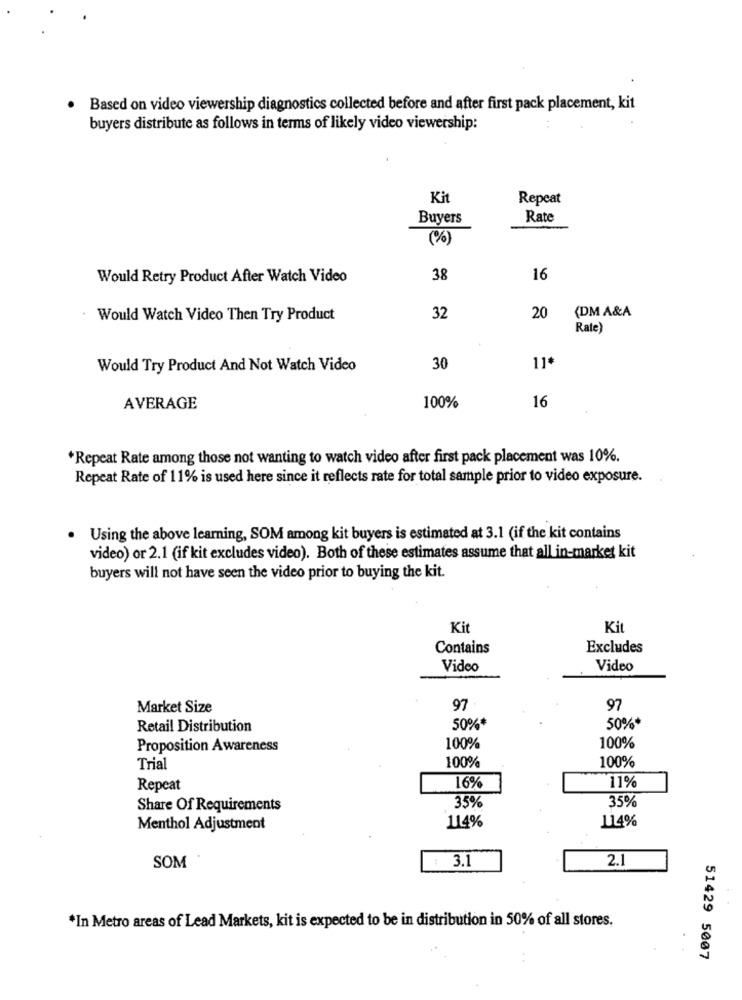
Based on video viewership diagnostics collected before and after first pack placement, kit
buyers distribute as follows in terms of likely video viewership:
Kit
Repeat
Buyers
Rate
(%)
Would Retry Product After Watch Video
38
16
Would Watch Video Then Try Product
32
20
(DM A&A
Rate)
Would Try Product And Not Watch Video
30
11.
16
AVERAGE
100%
*Repeat Rate among those not wanting to watch video after first pack placement was 10%.
Repeat Rate of 11% is used here since it reflects rate for total sample prior to video exposure.
Using the above learning, SOM among kit buyers is estimated at 3.1 (if the kit contains
video) or 2.1 (if kit excludes video). Both of these estimates assume that all in-market kit
buyers will not have seen the video prior to buying the kit.
Ki
Ki
Contains
Excludes
Video
Video
Market Size
97
97
Retail Distribution
50%*
50%*
100%
Proposition Awareness
100%
100%
Trial
100%
Repeat
16%
11%
35%
Share Of Requirements
35%
114%
Menthol Adjustment
114%
3.1
2.1
SOM
*In Metro areas of Lead Markets, kit is expected to be in distribution in 50% of all stores.
51429 5007